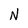
Character: N